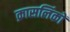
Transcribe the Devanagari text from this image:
क्रासलिंकों